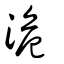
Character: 洈